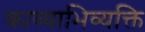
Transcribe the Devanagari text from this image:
काव्याभिव्यक्ति